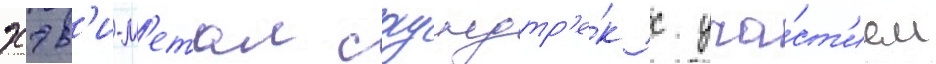
хэв'и-м'етал саундтр'е́к с уча́ст'ием